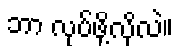
ဘာ လုပ်ဖို့လိုလဲ။